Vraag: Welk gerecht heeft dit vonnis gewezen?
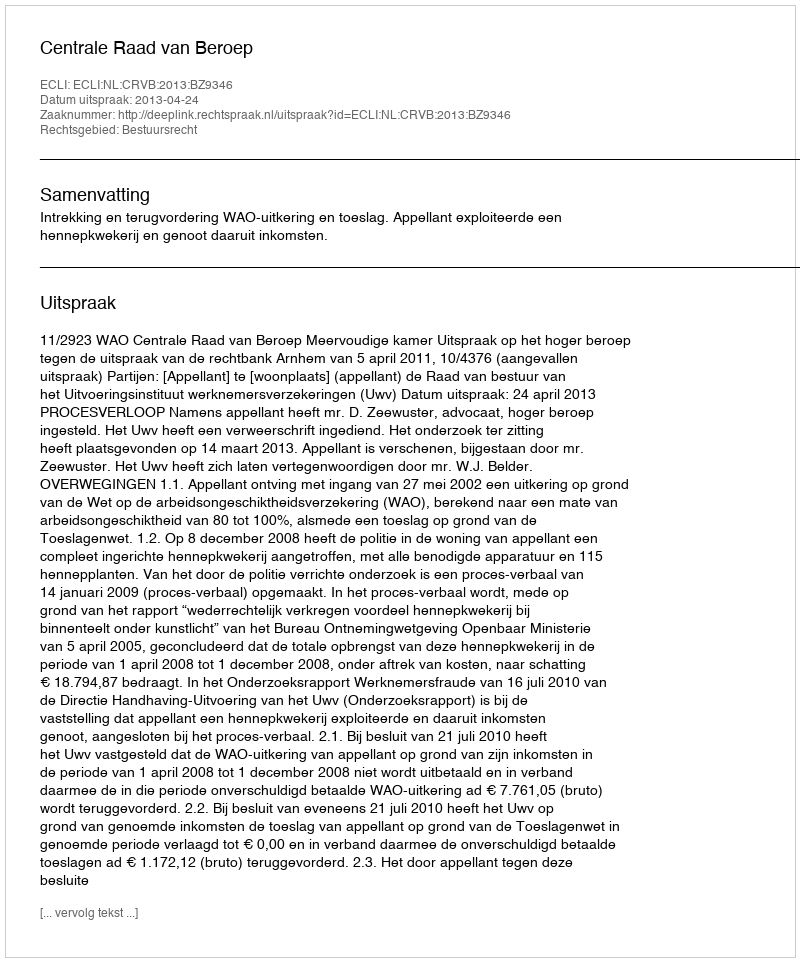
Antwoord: Centrale Raad van Beroep